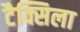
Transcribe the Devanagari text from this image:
टैक्सिला